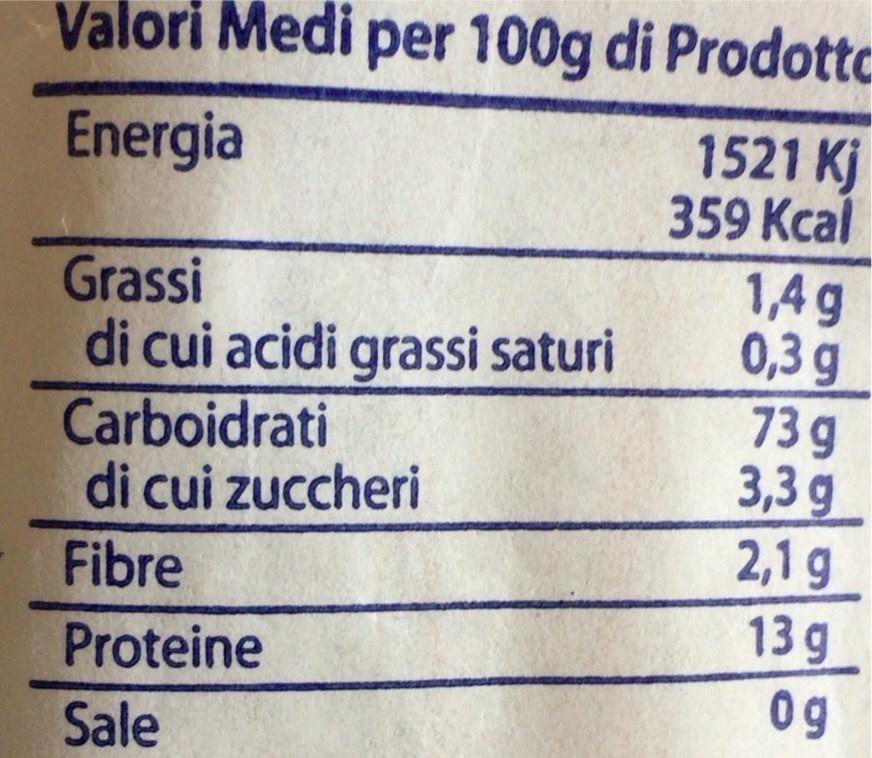
Valori Medi per 100g di Prodottc
1521 Kj 359 Кcal 1,4g 0,3 g 73 g 3,3 g 2,1 g 13 g
Energia
Grassi di cui acidi grassi saturi Carboidrati di cui zuccheri
Fibre
Proteine
0g
Sale